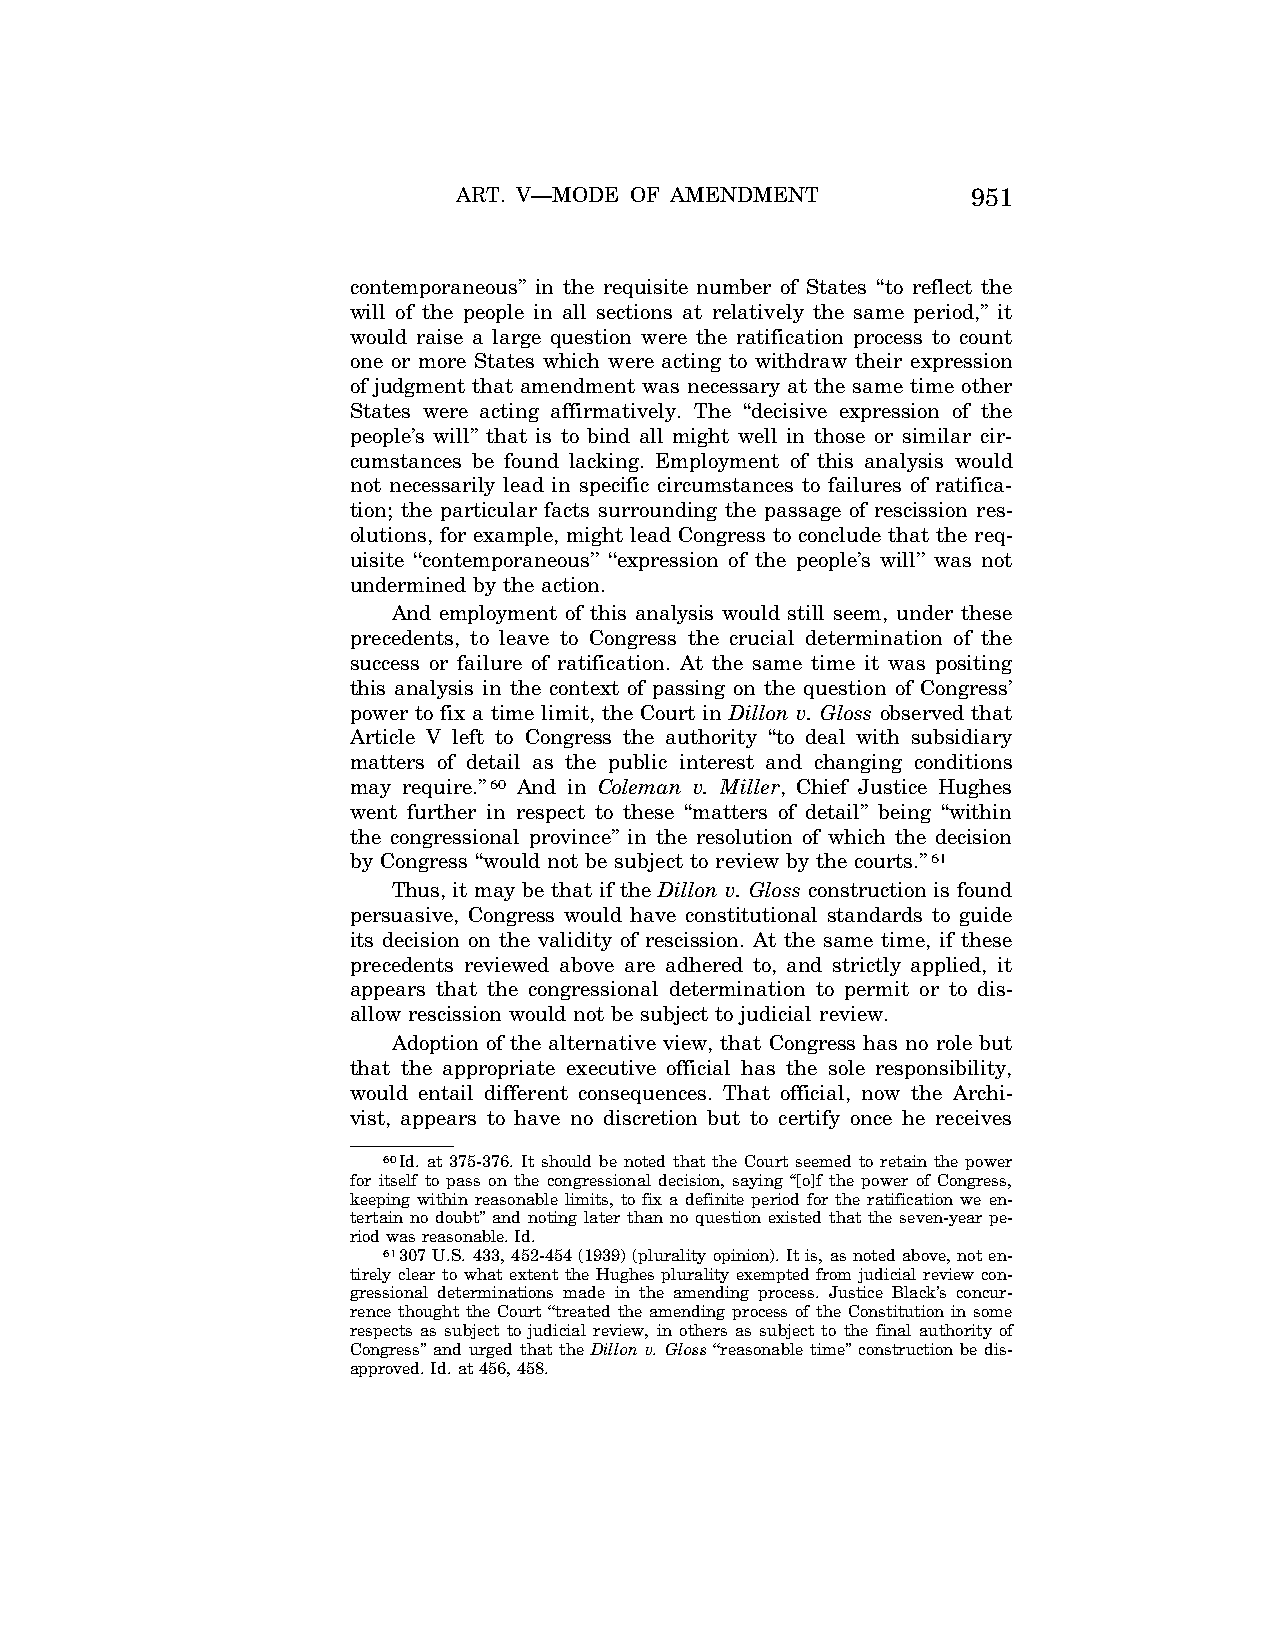
ART. V—MODE OF AMENDMENT          951
 contemporaneous’’ in the requisite number of States ‘‘to reflect the
 will of the people in all sections at relatively the same period,’’ it
 would raise a large question were the ratification process to count
 one or more States which were acting to withdraw their expression
 of judgment that amendment was necessary at the same time other
 States were acting affirmatively. The ‘‘decisive expression of the
 people’s will’’ that is to bind all might well in those or similar cir-
 cumstances be found lacking. Employment of this analysis would
 not necessarily lead in specific circumstances to failures of ratifica-
 tion; the particular facts surrounding the passage of rescission res-
 olutions, for example, might lead Congress to conclude that the req-
 uisite ‘‘contemporaneous’’ ‘‘expression of the people’s will’’ was not
 undermined by the action.
 And employment of this analysis would still seem, under these
 precedents, to leave to Congress the crucial determination of the
 success or failure of ratification. At the same time it was positing
 this analysis in the context of passing on the question of Congress’
 power to fix a time limit, the Court in Dillon v. Gloss observed that
 Article V left to Congress the authority ‘‘to deal with subsidiary
 matters of detail as the public interest and changing conditions
 may require.’’60 And in Coleman v. Miller, Chief Justice Hughes
 went further in respect to these ‘‘matters of detail’’ being ‘‘within
 the congressional province’’ in the resolution of which the decision
 by Congress ‘‘would not be subject to review by the courts.’’61
 Thus, it may be that if the Dillon v. Gloss construction is found
 persuasive, Congress would have constitutional standards to guide
 its decision on the validity of rescission. At the same time, if these
 precedents reviewed above are adhered to, and strictly applied, it
 appears that the congressional determination to permit or to dis-
 allow rescission would not be subject to judicial review.
 Adoption of the alternative view, that Congress has no role but
 that the appropriate executive official has the sole responsibility,
 would entail different consequences. That official, now the Archi-
 vist, appears to have no discretion but to certify once he receives
 60Id. at 375-376. It should be noted that the Court seemed to retain the power
 for itself to pass on the congressional decision, saying ‘‘[o]f the power of Congress,
 keeping within reasonable limits, to fix a definite period for the ratification we en-
 tertain no doubt’’ and noting later than no question existed that the seven-year pe-
 riod was reasonable. Id.
 61307 U.S. 433, 452-454 (1939) (plurality opinion). It is, as noted above, not en-
 tirely clear to what extent the Hughes plurality exempted from judicial review con-
 gressional determinations made in the amending process. Justice Black’s concur-
 rence thought the Court ‘‘treated the amending process of the Constitution in some
 respects as subject to judicial review, in others as subject to the final authority of
 Congress’’ and urged that the Dillon v. Gloss ‘‘reasonable time’’ construction be dis-
 approved. Id. at 456, 458.
 VerDate Apr<14>2004 09:07 Apr 15, 2004 Jkt 077500 PO 00000 Frm 00013 Fmt 8222 Sfmt 8222 C:\CONAN\CON017.SGM PRFM99 PsN: CON017